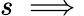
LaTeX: s\implies